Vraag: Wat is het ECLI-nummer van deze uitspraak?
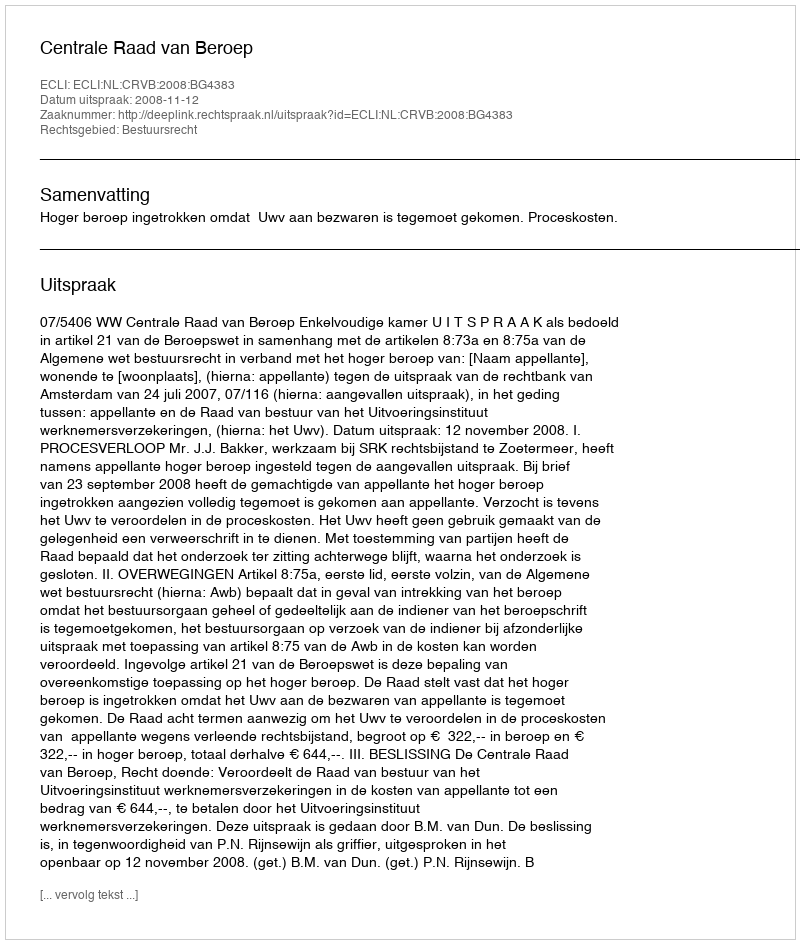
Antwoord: ECLI:NL:CRVB:2008:BG4383